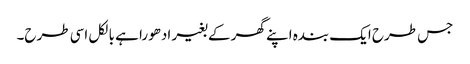
جس طرح ایک بندہ اپنے گھر کے بغیر ادھورا ہے بالکل اسی طرح۔